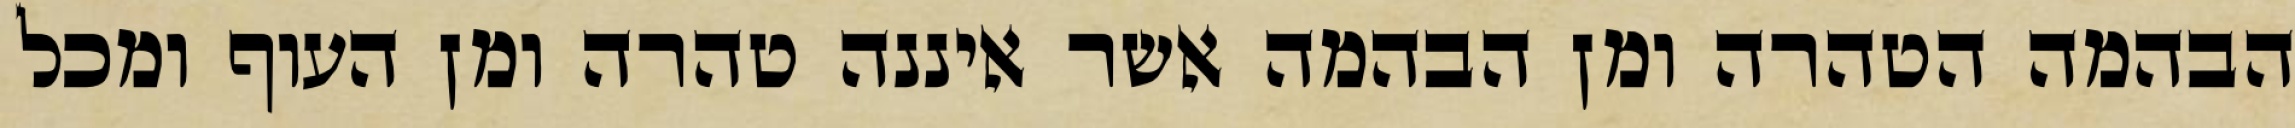
הבהמה הטהרה ומן הבהמה אשר איננה טהרה ומן העוף ומכל